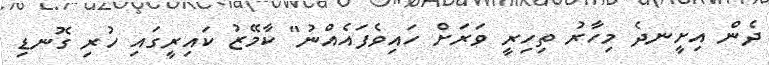
ދެން އިށީނދެ މިހާރު ތިހިރީ ވަރަށް ހައިވެފައެއްނު" ކާމޭޒު ކައިރީގައި ހުރި ގޮނޑި